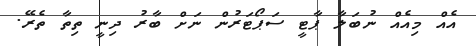
އެއް މިއެއް ނުބަލާ ޕާޓީ ސަޕޯޓަރުން ނަށް ބާރު ދިނީ ތިތާ ތެރޭ.